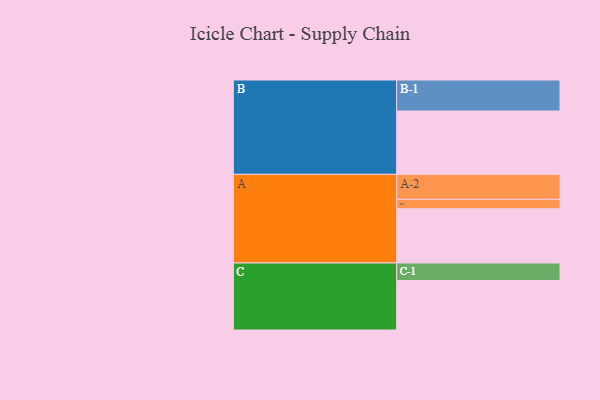
{"axis": {"x": "Segment", "y": "Value"}, "legend": ["", "A", "B", "C"], "data": [{"x": "A", "y": 484, "type": ""}, {"x": "B", "y": 565, "type": ""}, {"x": "C", "y": 442, "type": ""}, {"x": "A-1", "y": 84, "type": "A"}, {"x": "A-2", "y": 223, "type": "A"}, {"x": "B-1", "y": 277, "type": "B"}, {"x": "C-1", "y": 156, "type": "C"}]}